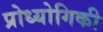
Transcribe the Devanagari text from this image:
प्रोध्योगिकी